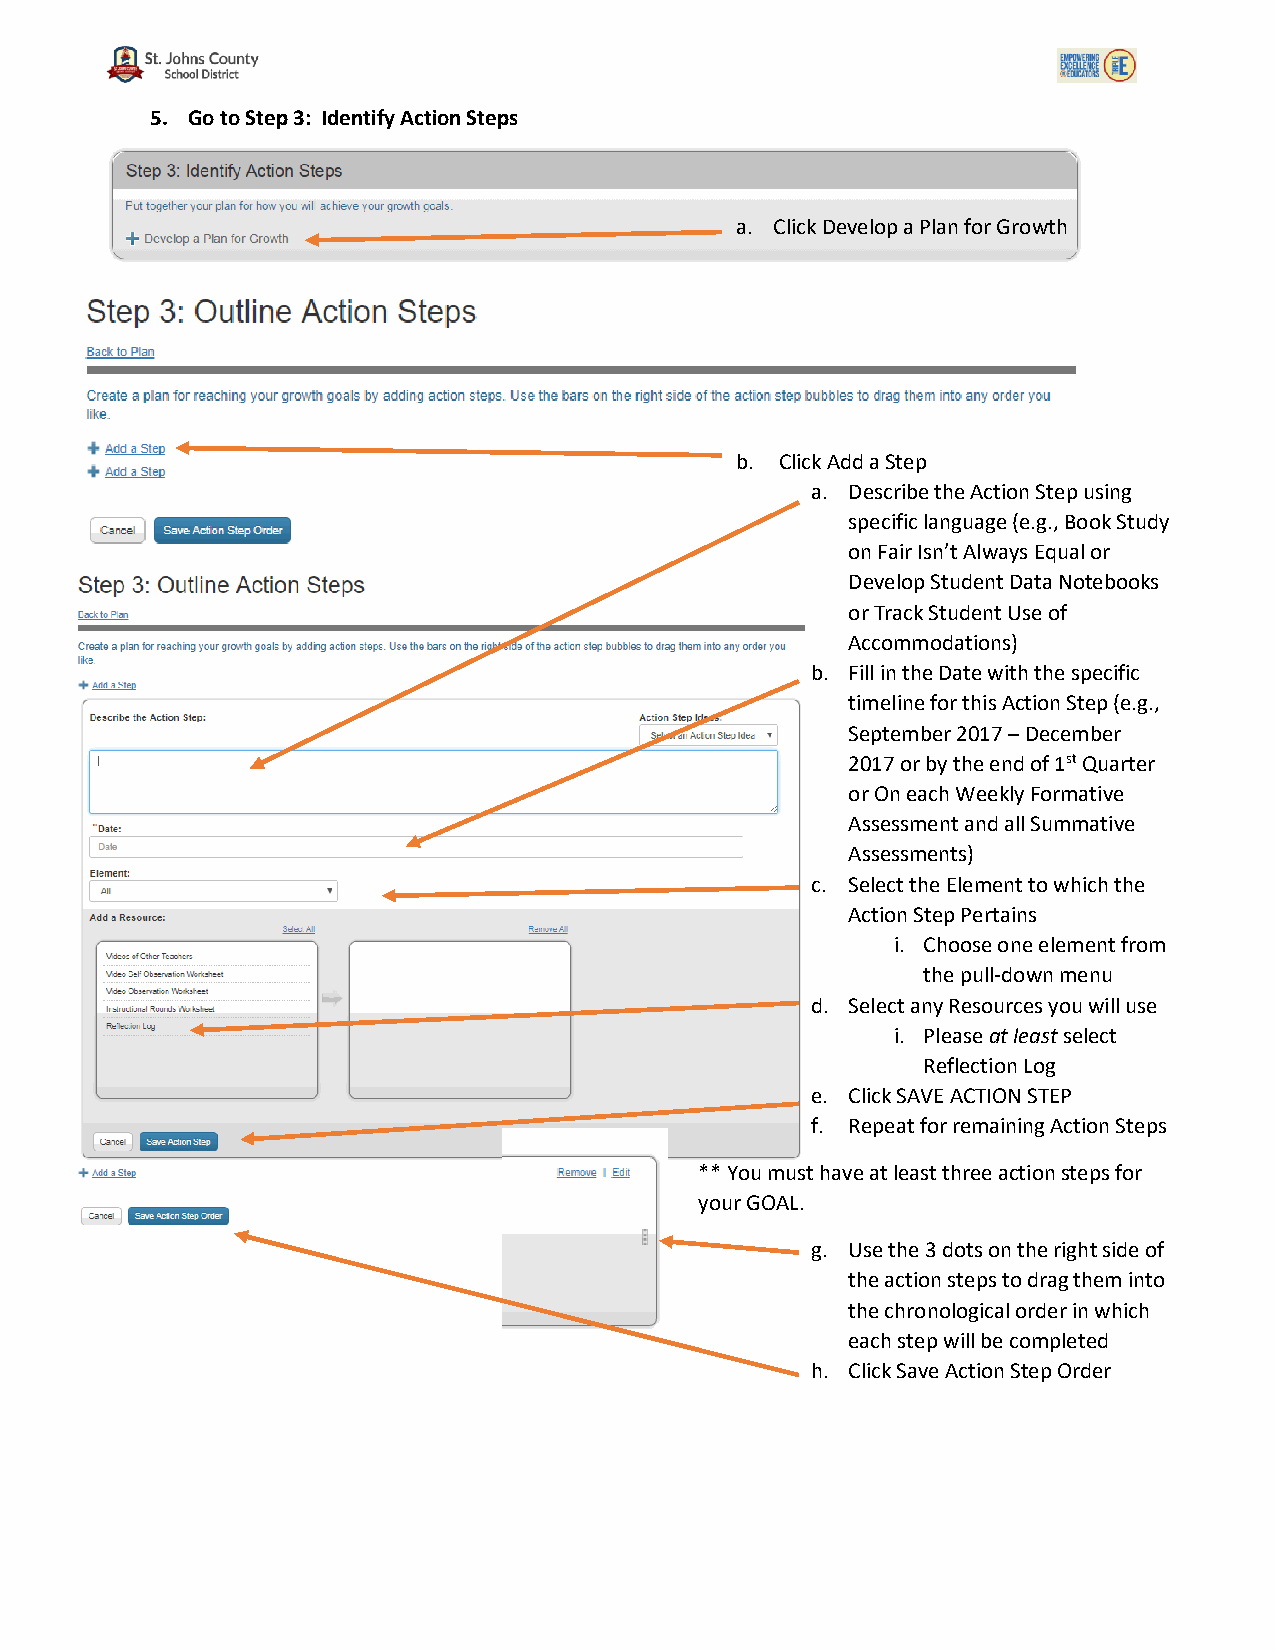
5. Go to Step 3: Identify Action Steps
 a. Click Develop a Plan for Growth
 b. Click Add a Step
 a. Describe the Action Step using
 specific language (e.g., Book Study
 on Fair Isn’t Always Equal or
 Develop Student Data Notebooks
 or Track Student Use of
 Accommodations)
 b. Fill in the Date with the specific
 timeline for this Action Step (e.g.,
 September 2017 – December
 2017 or by the end of 1st Quarter
 or On each Weekly Formative
 Assessment and all Summative
 Assessments)
 c. Select the Element to which the
 Action Step Pertains
 i. Choose one element from
 the pull-down menu
 d. Select any Resources you will use
 i. Please at least select
 Reflection Log
 e. Click SAVE ACTION STEP
 f. Repeat for remaining Action Steps
 ** You must have at least three action steps for
 your GOAL.
 g. Use the 3 dots on the right side of
 the action steps to drag them into
 the chronological order in which
 each step will be completed
 h. Click Save Action Step Order